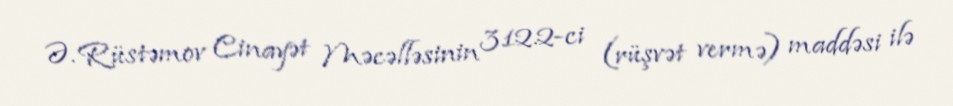
Ə. Rüstəmov Cinayət Məcəlləsinin 312.2-ci (rüşvət vermə) maddəsi ilə